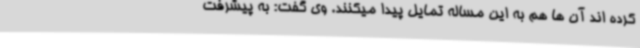
کرده اند آن ها هم به این مساله تمایل پیدا میکنند. وی گفت: به پیشرفت